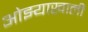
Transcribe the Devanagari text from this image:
ओझ्याखालीं